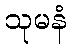
သုမနံ